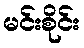
မင်းစိုင်း